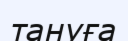
тануға